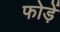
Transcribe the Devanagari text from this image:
फोड़ें